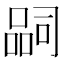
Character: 𭊉